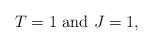
LaTeX: \begin{align*}T=1 \mbox{ and } J=1,\end{align*}